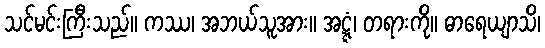
သင်မင်းကြီးသည်။ ကဿ၊ အဘယ်သူအား။ အဋ္ဋံ၊ တရားကို။ ဓာရေယျာသိ၊